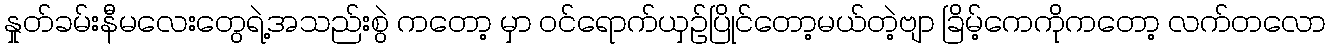
နှုတ်ခမ်းနီမလေးတွေရဲ့အသည်းစွဲ ကတော့ မှာ ဝင်ရောက်ယှဉ်ပြိုင်တော့မယ်တဲ့ဗျာ ခြိမ့်ကေကိုကတော့ လက်တလော